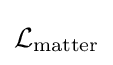
{\mathcal {L}}_{\text{matter}}